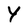
Character: Y